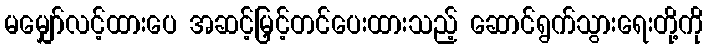
မမျှော်လင့်ထားပေ အဆင့်မြှင့်တင်ပေးထားသည့် ဆောင်ရွက်သွားရေးတို့ကို